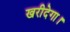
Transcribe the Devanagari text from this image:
खरीदेगा।